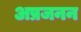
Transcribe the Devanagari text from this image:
अप्रजनन